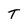
Character: T